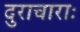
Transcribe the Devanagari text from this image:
दुराचाराः